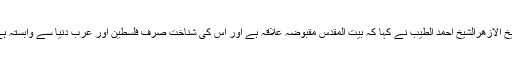
شیخ الازھرالشیخ احمد الطیب نے کہا کہ بیت المقدس مقبوضہ علاقہ ہے اور اس کی شناخت صرف فلسطین اور عرب دنیا سے وابستہ ہے۔